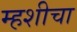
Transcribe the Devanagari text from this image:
म्हशीचा